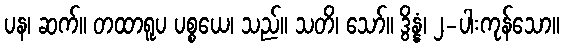
ပန၊ ဆက်။ တထာရူပ ပစ္စယေ၊ သည်။ သတိ၊ သော်။ ဒွိန္နံ၊ ၂-ပါးကုန်သော။